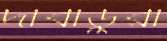
দাবাড়ুরা